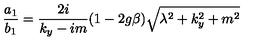
\frac { a _ { 1 } } { b _ { 1 } } = \frac { 2 i } { k _ { y } - i m } ( 1 - 2 g \beta ) \sqrt { \lambda ^ { 2 } + k _ { y } ^ { 2 } + m ^ { 2 } }